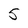
Character: 5